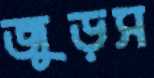
জুড়স